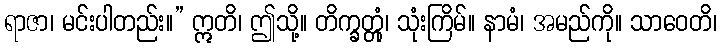
ရာဇာ၊ မင်းပါတည်း။” ဣတိ၊ ဤသို့။ တိက္ခတ္တုံ၊ သုံးကြိမ်။ နာမံ၊ အမည်ကို။ သာဝေတိ၊